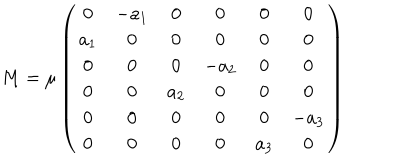
M = \mu \left( \begin{array} { c c c c c c } { { 0 } } & { { - a _ { 1 } } } & { { 0 } } & { { 0 } } & { { 0 } } & { { 0 } } \\ { { a _ { 1 } } } & { { 0 } } & { { 0 } } & { { 0 } } & { { 0 } } & { { 0 } } \\ { { 0 } } & { { 0 } } & { { 0 } } & { { - a _ { 2 } } } & { { 0 } } & { { 0 } } \\ { { 0 } } & { { 0 } } & { { a _ { 2 } } } & { { 0 } } & { { 0 } } & { { 0 } } \\ { { 0 } } & { { 0 } } & { { 0 } } & { { 0 } } & { { 0 } } & { { - a _ { 3 } } } \\ { { 0 } } & { { 0 } } & { { 0 } } & { { 0 } } & { { a _ { 3 } } } & { { 0 } } \\ \end{array} \right)